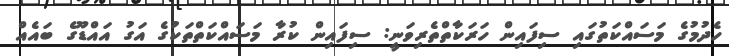
ހެދުމުގެ މަސައްކަތުގައި ސިފައިން ހަރަކާތްތެރިވަނީ: ސިފައިން ކުރާ މަސައްކަތްތަކުގެ އަގު އައްޑޫގެ ބައެއް